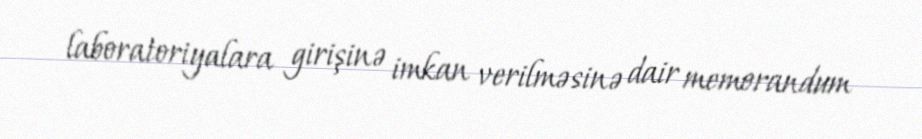
laboratoriyalara girişinə imkan verilməsinə dair memorandum